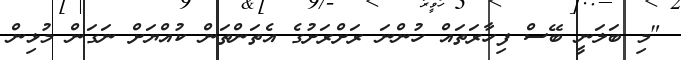
"މި ބަލަނީ ބޭސް ފިހާރަތައް ހުންނަ ރަށްރަށުގެ އެތަންތަން ކުއްޔަށް ނަގަން މުޅިން